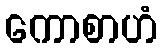
ကောစာဟံ